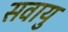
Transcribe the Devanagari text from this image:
सवायु